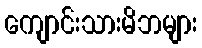
ကျောင်းသားမိဘများ